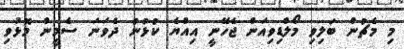
މި މެޗުން ބަލިވި މޯލްޑިވިއަން ޖެހޭނީ އިއްޔެ ކުޅުނު ދެވަނަ ސެމީން މޮޅުވި